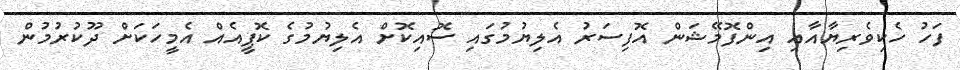
ފަހު ހެކިވެރިޔާއާއި އިންފޮމޭޝަން އޮފިސަރު އެލިޔުމުގައި ސޮއިކޮށް އެލިޔުމުގެ ކޮޕީއެއް އެމީހަކަށް ދޫކުރުމުން